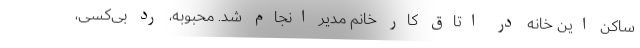
ساکن این خانه در اتاق کار خانم مدیر انجام شد. محبوبه، رد بی‌کسی،